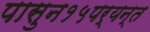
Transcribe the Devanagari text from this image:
पासुन१५पर्यन्त